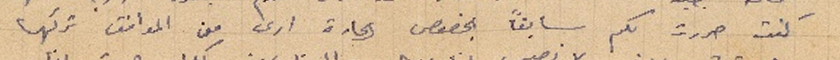
كنت حررت لكم سابقاً بخصوص الحارة ارى من الموافق تركها